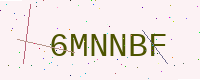
Text: 6MNNBF